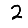
Digit: 2